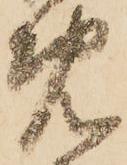
免